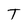
Character: T